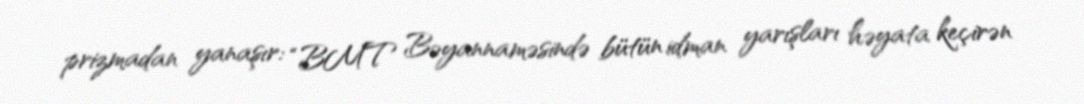
prizmadan yanaşır: “BMT Bəyannaməsində bütün idman yarışları həyata keçirən